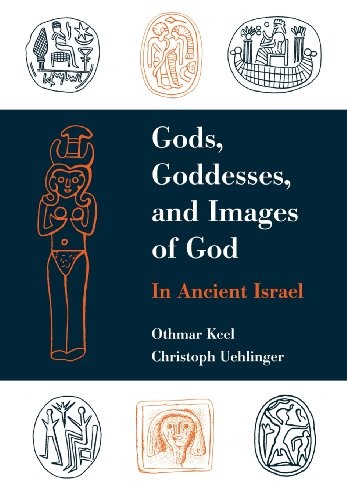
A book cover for Gods, Goddesses, and Images of God in Ancient Israel; Othmar Keel; Gay & Lesbian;